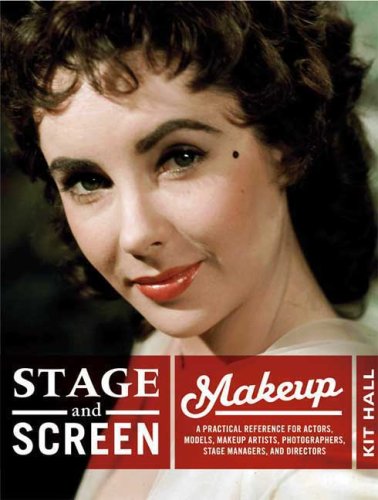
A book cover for Stage and Screen Makeup: A Practical Reference for Actors, Models, Makeup Artists, Photographers, Stage Managers, and Directors; Kit Spencer; Health, Fitness & Dieting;